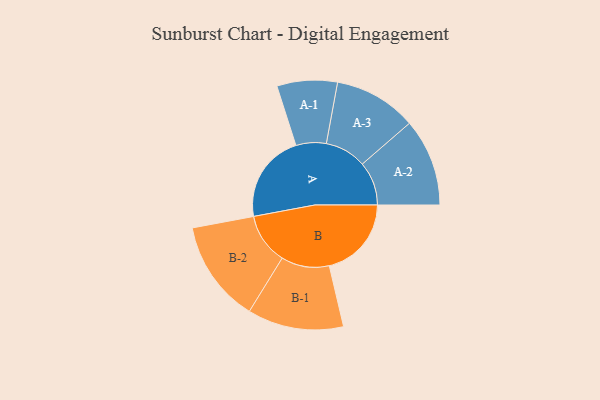
{"axis": {"x": "Segment", "y": "Value"}, "legend": ["", "A", "B"], "data": [{"x": "A", "y": 411, "type": ""}, {"x": "B", "y": 381, "type": ""}, {"x": "A-1", "y": 140, "type": "A"}, {"x": "A-2", "y": 203, "type": "A"}, {"x": "A-3", "y": 192, "type": "A"}, {"x": "B-1", "y": 223, "type": "B"}, {"x": "B-2", "y": 237, "type": "B"}]}